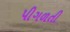
પીગળતી